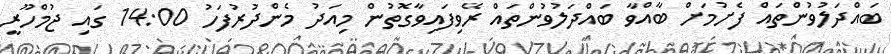
ބައްދަލުވުންތައް ފެށުމަށް ބާއްވާ ބައްދަލުވުންތައް ރޭވިފައިވާގޮތުން މިއަދު މެންދުރުފަހު 14:00 ގައި ޖުމްހޫރީ